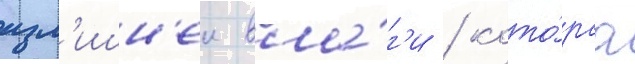
изл'ишн'еи вла́г'и / кото́раа